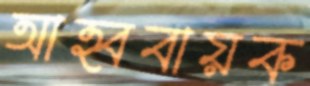
আহ্ববায়ক